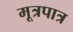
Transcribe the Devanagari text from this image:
मूत्रपात्र